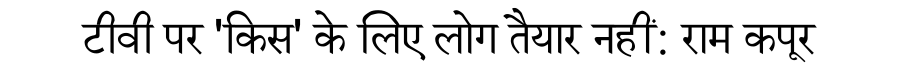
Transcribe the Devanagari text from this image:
टीवी पर 'किस' के लिए लोग तैयार नहीं: राम कपूर